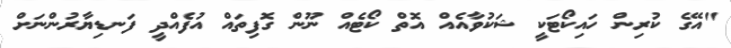
"އޭގެ ކުރިން ހައިކޯޓަކީ ޝަކުވާއެއް އޮތް ކޯޓެއް ނޫން ގޮފިތައް އުފެއްދީ ފަނޑިޔާރުންނަށް